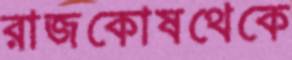
রাজকোষথেকে